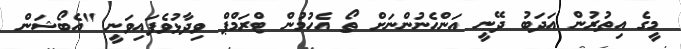
މީގެ އިތުރުން އަދަބު ދޭނީ އަންހެނުންނަށް ތޯ އެހުމުން ޓްރަމްޕް ވިދާޅުވެފައިވަނީ "އެބޯޝަން